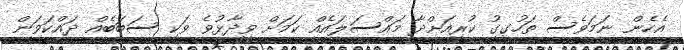
އެހެން ނަމަވެސް ތަހުގީގު ކުރިއަށްދާ މައްސަލައެއް ކަމަށް ވިދާޅުވެ ވަކި ސަބަބެއް ދައްކަވަން